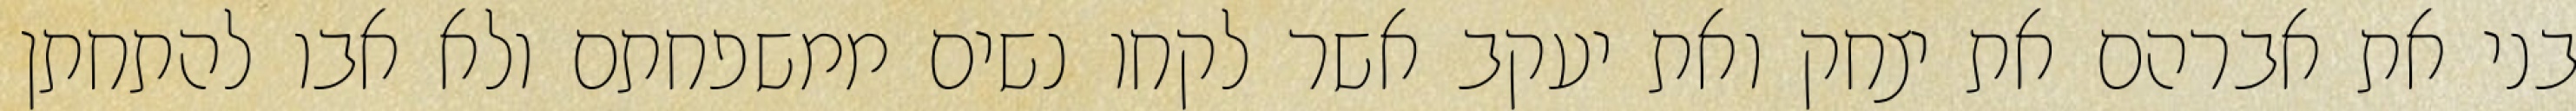
בני את אברהם את יצחק ואת יעקב אשר לקחו נשים ממשפחתם ולא אבו להתחתן